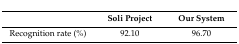
<table><thead><tr><td></td><td><b>Soli Project</b></td><td><b>Our System</b></td></tr></thead><tbody><tr><td>Recognition rate (%)</td><td>92.10</td><td>96.70</td></tr></tbody></table>